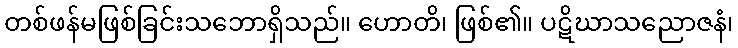
တစ်ဖန်မဖြစ်ခြင်းသဘောရှိသည်။ ဟောတိ၊ ဖြစ်၏။ ပဋိဃာသညောဇနံ၊